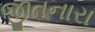
જીતનારા